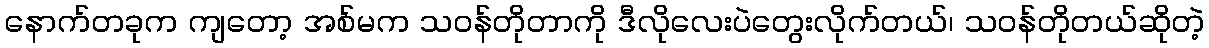
နောက်တခုက ကျတော့ အစ်မက သဝန်တိုတာကို ဒီလိုလေးပဲတွေးလိုက်တယ်၊ သဝန်တိုတယ်ဆိုတဲ့